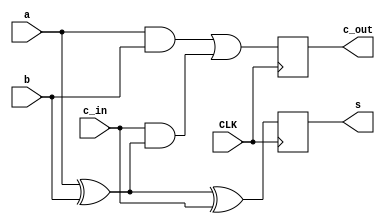
`timescale 1ns / 1ps
module FA(a,b,c_in, c_out,s, CLK);
input a,b,c_in, CLK;
output reg c_out, s;

//assign  {c_out, s} = a + b + c_in;

always @(posedge CLK) begin
    s <= a ^ b ^ c_in;
    c_out <= (a & b) | (c_in & (a ^ b));
end



endmodule